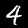
Digit: 4